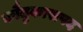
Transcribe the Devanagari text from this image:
काैतुकासपद